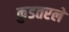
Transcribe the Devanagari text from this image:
कुडतरले